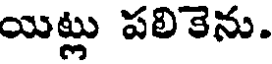
యిట్లు పలికెను.